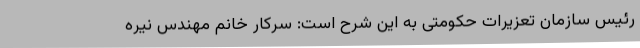
رئیس سازمان تعزیرات حکومتی به این شرح است: سرکار خانم مهندس نیره